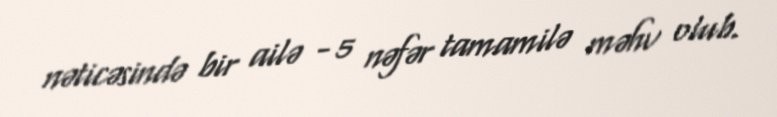
nəticəsində bir ailə - 5 nəfər tamamilə məhv olub.